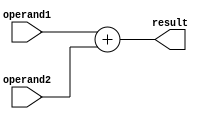
module floating_point_addition (
    input [31:0] operand1,
    input [31:0] operand2,
    output reg [31:0] result
);

always @(*) begin
    result = operand1 + operand2;
end

endmodule